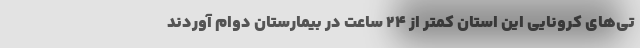
تی‌های کرونایی این استان کمتر از ۲۴ ساعت در بیمارستان دوام آوردند